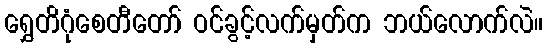
ရွှေတိဂုံစေတီတော် ဝင်ခွင့်လက်မှတ်က ဘယ်လောက်လဲ။